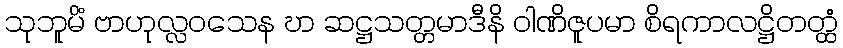
သုဘူမိံ ဗာဟုလ္လဝသေန ဎာ ဆဋ္ဌသတ္တမာဒီနိ ဝါဏိဇူပမာ စိရကာလဋ္ဌိတတ္ထံ